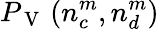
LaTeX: P_{\mathrm{~V~}}\left(n_{c}^{m},n_{d}^{m}\right)